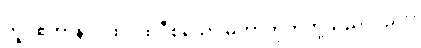
တူ။ ဧတာနိပိ၊ ထိုပထဝီစသော မဟာဘုတ်တို့သည်လည်း။